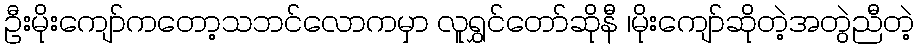
ဦးမိုးကျော်ကတော့သဘင်လောကမှာ လူရွှင်တော်ဆိုနီ ၊မိုးကျော်ဆိုတဲ့အတွဲညီတဲ့